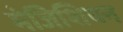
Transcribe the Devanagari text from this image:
मेजिशियन